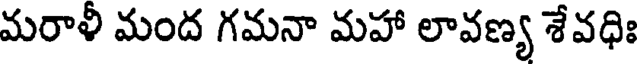
మరాళీ మంద గమనా మహా లావణ్య శేవధిః